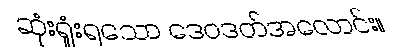
ဆုံးရှုံးရသော ဒေဝဒတ်အလောင်း။